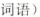
词语)